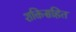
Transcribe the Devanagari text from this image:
शक्तिसहित